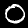
Digit: 0